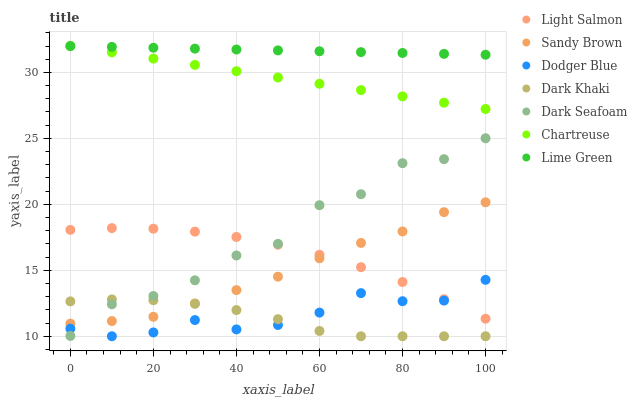
| xaxis_label | Light Salmon | Sandy Brown | Dodger Blue | Dark Khaki | Dark Seafoam | Chartreuse | Lime Green |
 | --- | --- | --- | --- | --- | --- | --- | --- |
 | 0 | 18.1 | 11 | 10.6 | 12.6 | 10 | 32 | 32 |
 | 10 | 18.2 | 11.1 | 10 | 12.8 | 12.4 | 31.5 | 31.9 |
 | 20 | 18.2 | 11.5 | 10.3 | 12.7 | 13.1 | 31 | 31.9 |
 | 30 | 17.9 | 12.5 | 11.2 | 12.5 | 14.2 | 30.6 | 31.8 |
 | 40 | 17.5 | 13.5 | 10.5 | 12 | 16.1 | 30.1 | 31.7 |
 | 50 | 16.9 | 14.5 | 10.9 | 11.3 | 17 | 29.6 | 31.7 |
 | 60 | 16.2 | 15.9 | 11.8 | 10.4 | 19.9 | 29.1 | 31.6 |
 | 70 | 15.2 | 17.1 | 13.3 | 10 | 20.8 | 28.7 | 31.5 |
 | 80 | 14.1 | 17.9 | 12.7 | 10 | 23.1 | 28.2 | 31.5 |
 | 90 | 12.8 | 19.4 | 12.7 | 10 | 23.4 | 27.7 | 31.4 |
 | 100 | 11.3 | 20.2 | 14.3 | 10 | 25 | 27.2 | 31.3 |